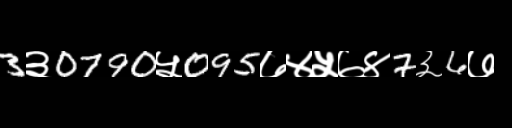
Text: 3३0790५095७४५७४7३6७